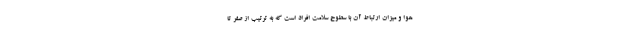
هوا و میزان ارتباط آن با سطوح سلامت افراد است که به ترتیب از صفر تا